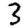
Digit: 3